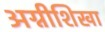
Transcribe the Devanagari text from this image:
अग्नीशिखा